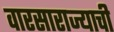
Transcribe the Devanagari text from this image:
वारसाराज्याची